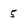
Character: 5